Annual administration report of the Civil Veterinary Department of India - 1896-1897
Year: 1896
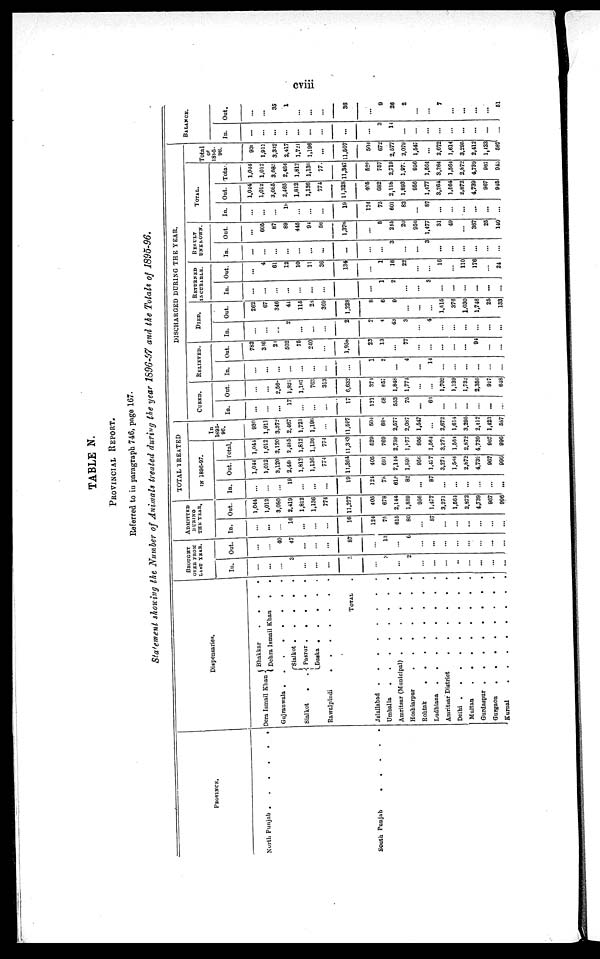
cviii
TABLE N.
PROVINCIAL REPORT.
Referred to in paragraph 746, page 167.
Statement showing the Number of Animals treated during the year 1896-97 and the Totals of 1895-96.
PROVINCE.
North Punjab . . . . . .
South Punjab
.
.
.
.
.
Dispensaries.
Dera Ismail Khan
Bhakkar
.
.
.
Dehra Ismail Khan
.
.
Gujranwala .
.
.
.
.
.
.
Sialkot
.
.
Sialkot
.
.
.
.
Pasrur
.
.
.
.
Daska .
.
.
.
.
Rawalpindi
.
.
.
.
.
TOTAL .
Jelallabad
.
.
.
.
.
.
.
.
.
.
Umballa
.
.
.
.
.
.
.
.
Amritsar (Municipal)
.
.
.
.
.
.
.
.
Hoshiarpur
.
.
.
.
.
.
.
Rohtak
.
.
.
.
.
.
.
.
.
Ludhiana
.
.
.
.
.
.
.
.
Amritsar District . . . . . . . . .
Delhi . . . . . . . . .
Multan
.
.
.
.
.
.
.
.
Gurdaspur
.
.
.
.
.
.
.
.
Gurgaon
.
.
.
.
.
.
.
.
Kurnal
.
.
.
.
.
.
.
.
BROUGHT
OVER FROM
LAST YEAR.
In.
...
...
...
3
...
...
...
3
...
3
...
2
...
...
...
..
...
...
...
...
Out.
...
...
40
47
...
...
...
87
...
13
...
6
...
...
...
...
...
...
...
...
ADMITTED
DURING
THE YEAR.
In.
...
...
...
16
...
...
...
16
124
75
615
80
...
87
...
...
...
...
...
...
Out.
1,044
1,012
3,080
2,419
1,812
1,136
774
11,277
405
678
2,144
1,889
956
1,477
3,271
1,564
2,872
4,739
967
996
TOTAL TREATED
IN 1896-97.
In.
...
...
...
19
...
...
...
19
124
78
615
82
...
87
...
...
...
...
...
...
Out.
1,044
1,012
3,120
2,480
1,812
1,136
774
11,364
405
691
2,114
1,891
956
1,477
3,271
1,564
2,872
4,739
967
996
Total.
1,041
1,012
3,120
2,455
1,812
1,136
774
11,383
629
769
2,759
1,977
956
1,564
3.271
1,564
2,872
4,739
967
996
In
1895-
96.
930
1,911
3,372
2,467
1,721
1,196
...
11,597
604
685
2,577
2,087
1,547
...
2,672
1,614
3,295
2,412
1,423
587
DISCHARGED DURING THE YEAR.
CURED.
In.
...
...
...
17
...
...
...
17
121
68
553
75
...
63
...
...
...
...
...
...
Out.
...
...
2,56
1,821
1,167
763
313
6,632
374
657
1,848
1,774
...
...
1,702
1,139
1,732
2,350
917
648
RELIEVRD.
In.
...
...
...
...
...
...
...
1
2
...
4
...
14
...
...
...
...
...
...
Out.
782
386
24
502
75
240
...
1,958
23
13
...
77
...
...
...
...
...
91
...
...
DIED.
In.
...
...
...
2
...
...
...
2
2
4
43
8
...
4
...
...
...
...
...
...
Out.
262
67
346
41
116
28
369
1,228
8
6
9
...
...
...
1,615
376
1,030
1,746
25
133
RETURNED
INCURABLE.
In.
...
...
...
...
...
...
...
...
...
1
2
...
...
3
...
...
...
...
...
...
Out.
...
4
61
12
10
11
36
134
...
1
16
22
...
...
16
...
110
176
...
24
RESULT
UNKNOWN.
In.
...
...
...
...
...
...
...
...
...
...
3
...
...
3
...
...
...
...
...
...
Out.
...
605
87
89
445
94
56
1,376
...
5
245
20
956
1,477
31
49
...
367
25
140
TOTAL.
In.
...
...
...
19
...
...
...
19
124
75
601
82
...
87
...
...
...
...
...
...
Out.
1,044
1,012
3,085
2,465
1.812
1,136
774
11,328
405
682
2,118
1,893
956
1,477
3,264
1,664
2,872
4,739
967
946
Total.
1,044
1,012
3,085
2,484
1,812
1,136
77
11,347
529
757
2,719
1,978
956
1,564
3,264
1,564
2,872
4,739
967
945
Total
1895-
96.
930
1,911
3,332
2,417
1,721
1,196
...
11,507
504
672
2,577
2,079
1,547
...
2,672
1,614
3,296
2,412
1,423
587
BALINCE.
In.
...
...
...
...
...
...
...
...
...
3
14
...
...
...
...
...
...
...
...
...
Out.
...
...
35
1
...
...
...
36
...
9
26
2
...
...
7
...
...
...
...
51